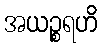
အယဉ္စရဟိ